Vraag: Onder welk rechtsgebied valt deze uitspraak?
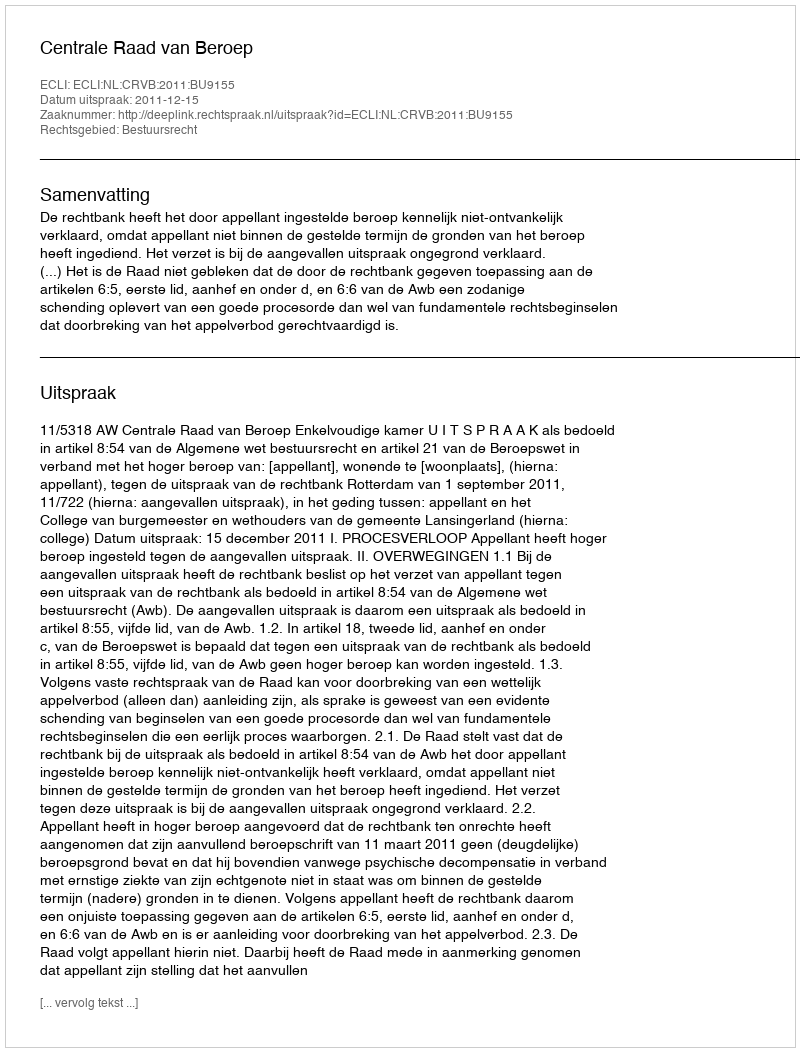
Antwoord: Bestuursrecht